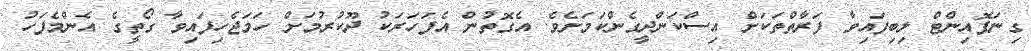
ގިނަޕޮއިންޓް ލިބިފައިވާ ފަރާތްތަކަށް އިސްކަންދީގެންކަމަށެވެ. އެގޮތުން އެފަހަރަކު ދޫކުރުމަށް ހަމަޖެހިފައިވާ ގޯތީގެ އެންމެފަހު